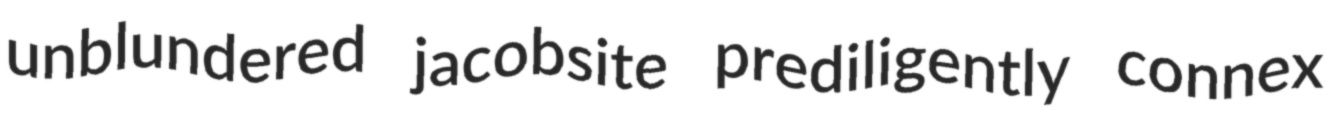
unblundered jacobsite prediligently connex